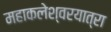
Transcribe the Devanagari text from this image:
महाकलेश्वरयात्रा